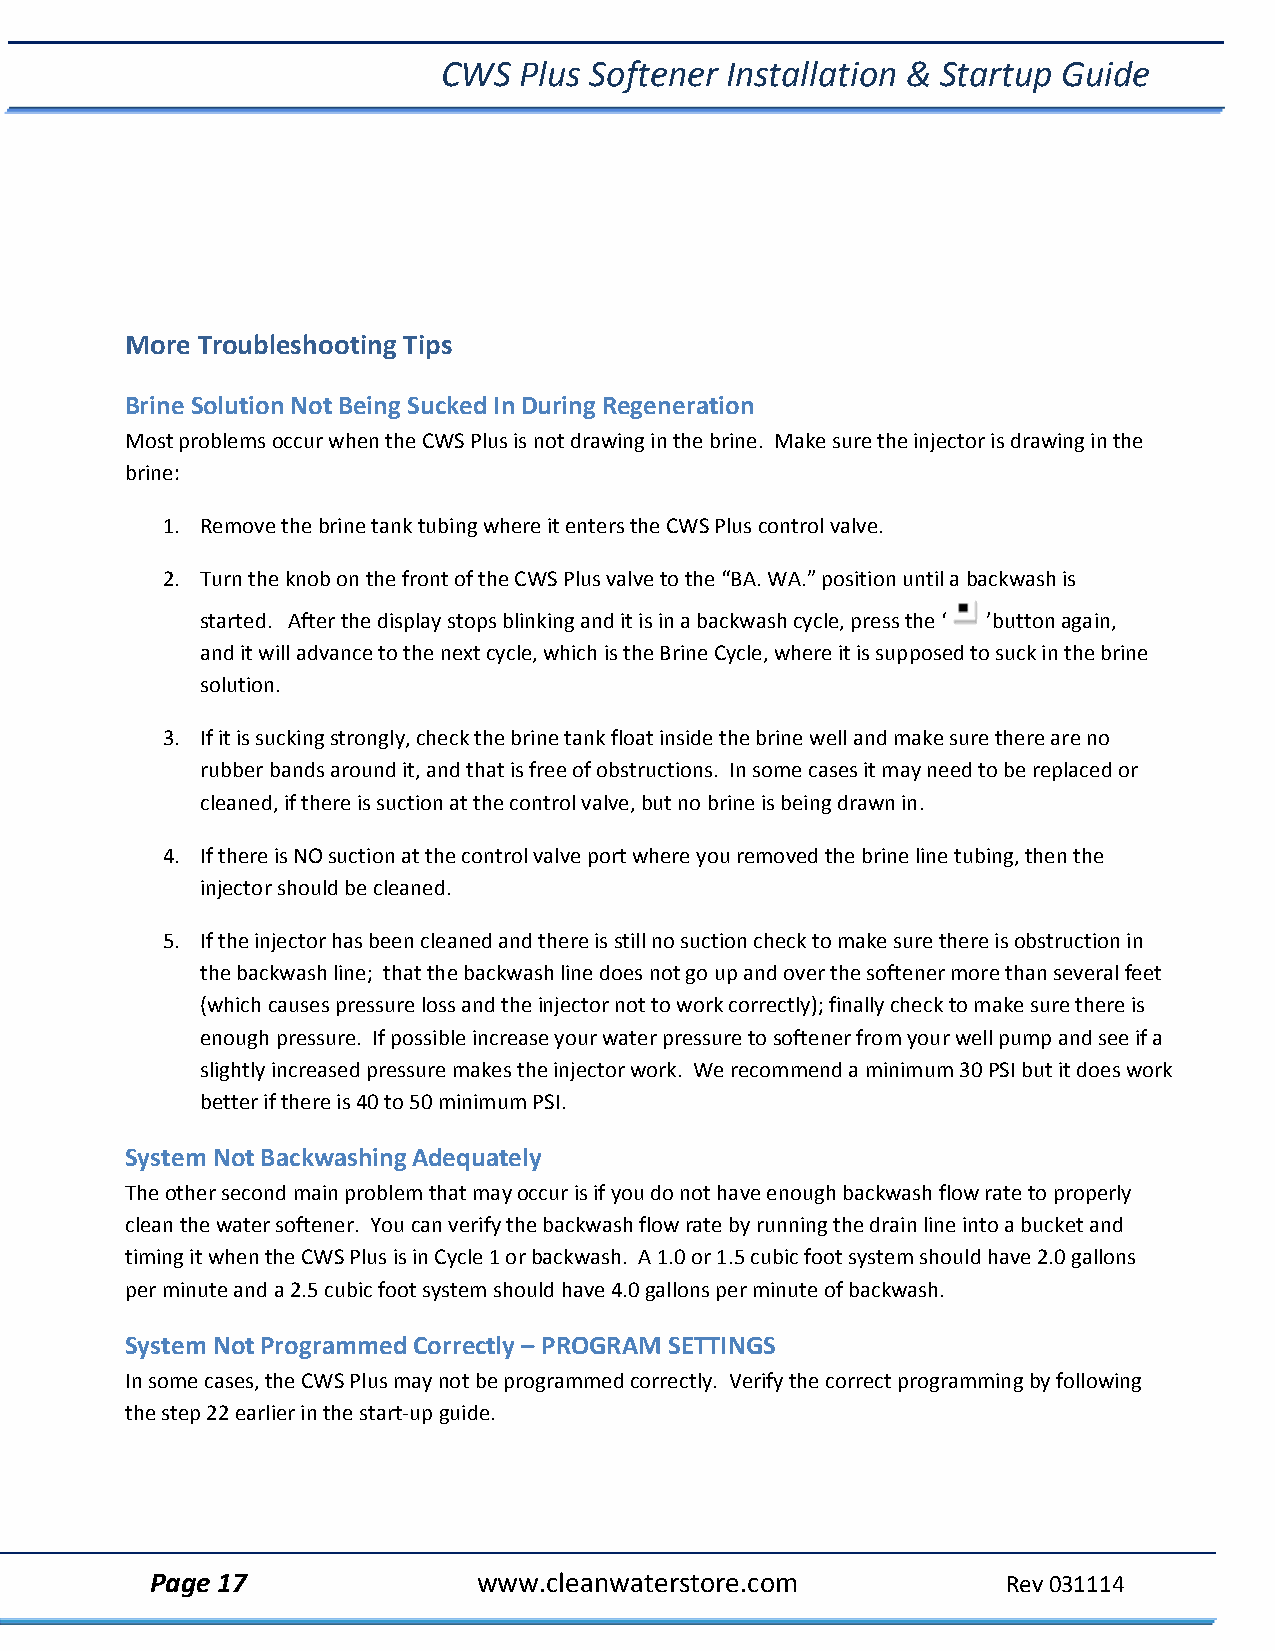
CWS  Plus Softener Installation & Startup Guide
 More Troubleshooting Tips
 Brine Solution Not Being Sucked In During Regeneration
 Most problems occur when the CWS Plus is not drawing in the brine. Make sure the injector is drawing in the
 brine:
 1. Remove the brine tank tubing where it enters the CWS Plus control valve.
 2. Turn the knob on the front of the CWS Plus valve to the “BA. WA.” position until a backwash is
 started. After the display stops blinking and it is in a backwash cycle, press the ‘ ’button again,
 and it will advance to the next cycle, which is the Brine Cycle, where it is supposed to suck in the brine
 solution.
 3. If it is sucking strongly, check the brine tank float inside the brine well and make sure there are no
 rubber bands around it, and that is free of obstructions. In some cases it may need to be replaced or
 cleaned, if there is suction at the control valve, but no brine is being drawn in.
 4. If there is NO suction at the control valve port where you removed the brine line tubing, then the
 injector should be cleaned.
 5. If the injector has been cleaned and there is still no suction check to make sure there is obstruction in
 the backwash line; that the backwash line does not go up and over the softener more than several feet
 (which causes pressure loss and the injector not to work correctly); finally check to make sure there is
 enough pressure. If possible increase your water pressure to softener from your well pump and see if a
 slightly increased pressure makes the injector work. We recommend a minimum 30 PSI but it does work
 better if there is 40 to 50 minimum PSI.
 System Not Backwashing Adequately
 The other second main problem that may occur is if you do not have enough backwash flow rate to properly
 clean the water softener. You can verify the backwash flow rate by running the drain line into a bucket and
 timing it when the CWS Plus is in Cycle 1 or backwash. A 1.0 or 1.5 cubic foot system should have 2.0 gallons
 per minute and a 2.5 cubic foot system should have 4.0 gallons per minute of backwash.
 System Not Programmed Correctly – PROGRAM SETTINGS
 In some cases, the CWS Plus may not be programmed correctly. Verify the correct programming by following
 the step 22 earlier in the start‐up guide.
 Page 17               www.cleanwaterstore.com            Rev 031114